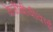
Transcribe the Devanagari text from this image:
केजीबीवीवाई